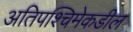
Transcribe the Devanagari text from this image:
अतिपश्चिमेकडील